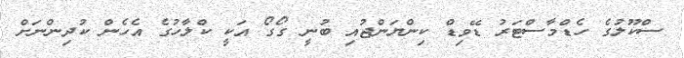
ސްކޫލުގެ ހެޑްމާސްޓަރު ޑޭވިޑް ކިންޔަންޖުއި ބުނީ ގޯގޯ އަކީ ކްލާހުގެ އެހެން ކުދިންނަށް